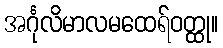
အင်္ဂုလိမာလမထေရ်ဝတ္ထု။